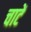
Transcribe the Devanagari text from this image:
चाटें